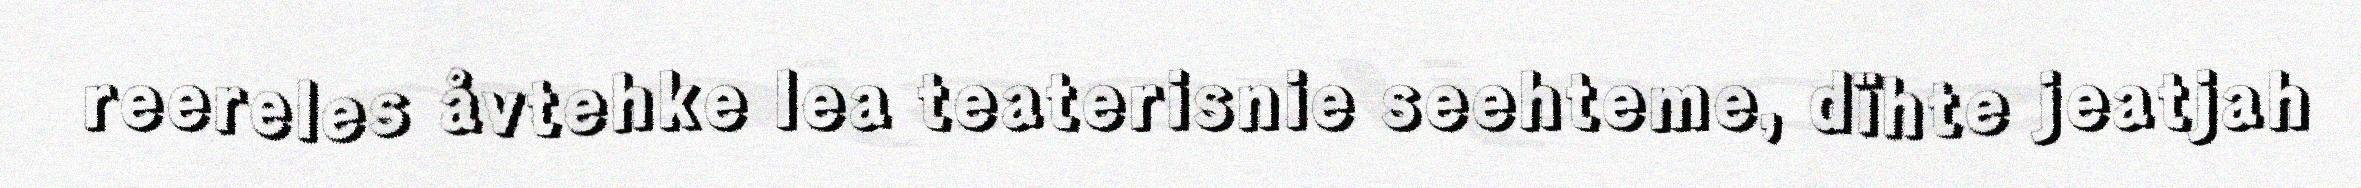
reereles åvtehke lea teaterisnie seehteme, dïhte jeatjah